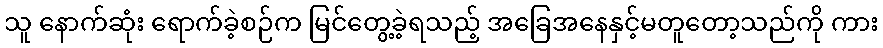
သူ နောက်ဆုံး ရောက်ခဲ့စဉ်က မြင်တွေ့ခဲ့ရသည့် အခြေအနေနှင့်မတူတော့သည်ကို ကား